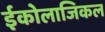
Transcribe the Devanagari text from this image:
ईकोलाजिकल